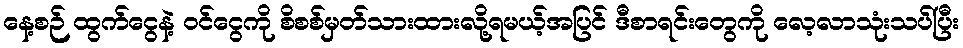
နေ့စဉ် ထွက်ငွေနဲ့ ဝင်ငွေကို စိစစ်မှတ်သားထားလို့ရမယ့်အပြင် ဒီစာရင်းတွေကို လေ့လာသုံးသပ်ပြီး